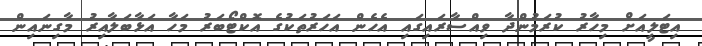
އިޓަލީއަށް މިހާރު ކުރަމުންދާ ވިއްސާރައިގައި އެހެން އަހަރުތަކުގެ އޮކްޓޯބަރު މަހާ އަޅާބަލާއިރު މާގިނައިން